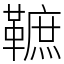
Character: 䩾